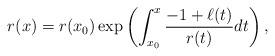
LaTeX: \begin{align*} r(x)= r(x_0) \exp \left( \int_{x_0}^{x} \frac{-1+\ell(t)}{r(t)} dt \right),\end{align*}